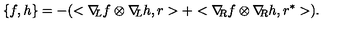
\{ f , h \} = - ( < \nabla \! \! _ { L } f \otimes \nabla \! \! _ { L } h , r > + < \nabla \! \! _ { R } f \otimes \nabla \! \! _ { R } h , r ^ { * } > ) .